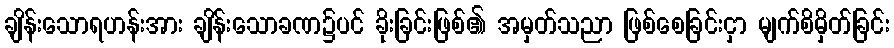
ချိန်းသောရဟန်းအား ချိန်းသောခဏ၌ပင် ခိုးခြင်းဖြစ်၏ အမှတ်သညာ ဖြစ်စေခြင်းငှာ မျက်စိမှိတ်ခြင်း